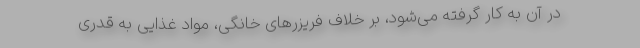
در آن به کار گرفته می‌شود، بر خلاف فریزرهای خانگی، مواد غذایی به قدری